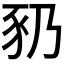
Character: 𬤻